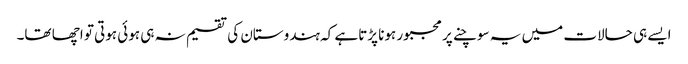
ایسے ہی حالات میں یہ سوچنے پر مجبور ہونا پڑتاہے کہ ہندوستان کی تقسیم نہ ہی ہوئی ہوتی تو اچھا تھا۔